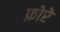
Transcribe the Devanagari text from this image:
फ़ोरे